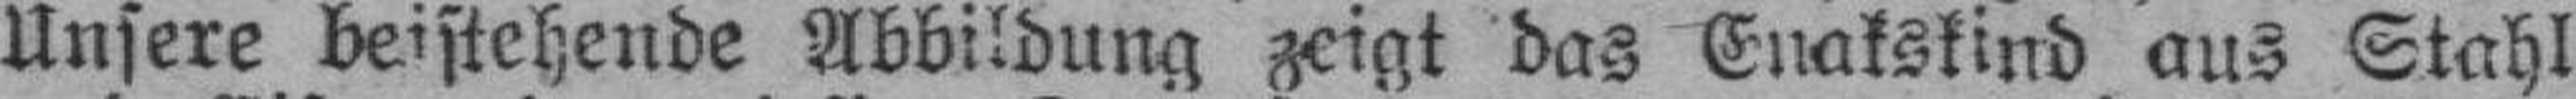
Unsere beistchende Abbildung zeigt das Enakskind aus Stahl